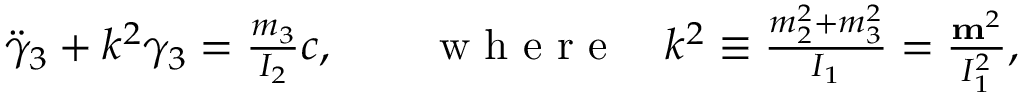
\begin{array} { r } { \ddot { \gamma } _ { 3 } + k ^ { 2 } \gamma _ { 3 } = \frac { m _ { 3 } } { I _ { 2 } } c , \qquad \mathrm { ~ w ~ h ~ e ~ r ~ e ~ } \quad k ^ { 2 } \equiv \frac { m _ { 2 } ^ { 2 } + m _ { 3 } ^ { 2 } } { I _ { 1 } } = \frac { { \bf m } ^ { 2 } } { I _ { 1 } ^ { 2 } } , } \end{array}